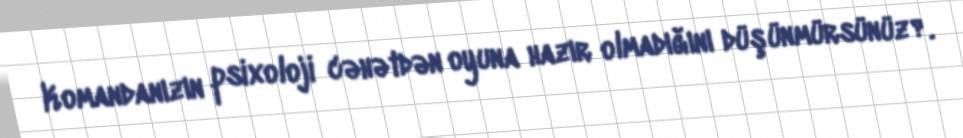
Komandanızın psixoloji cəhətdən oyuna hazır olmadığını düşünmürsünüz?.